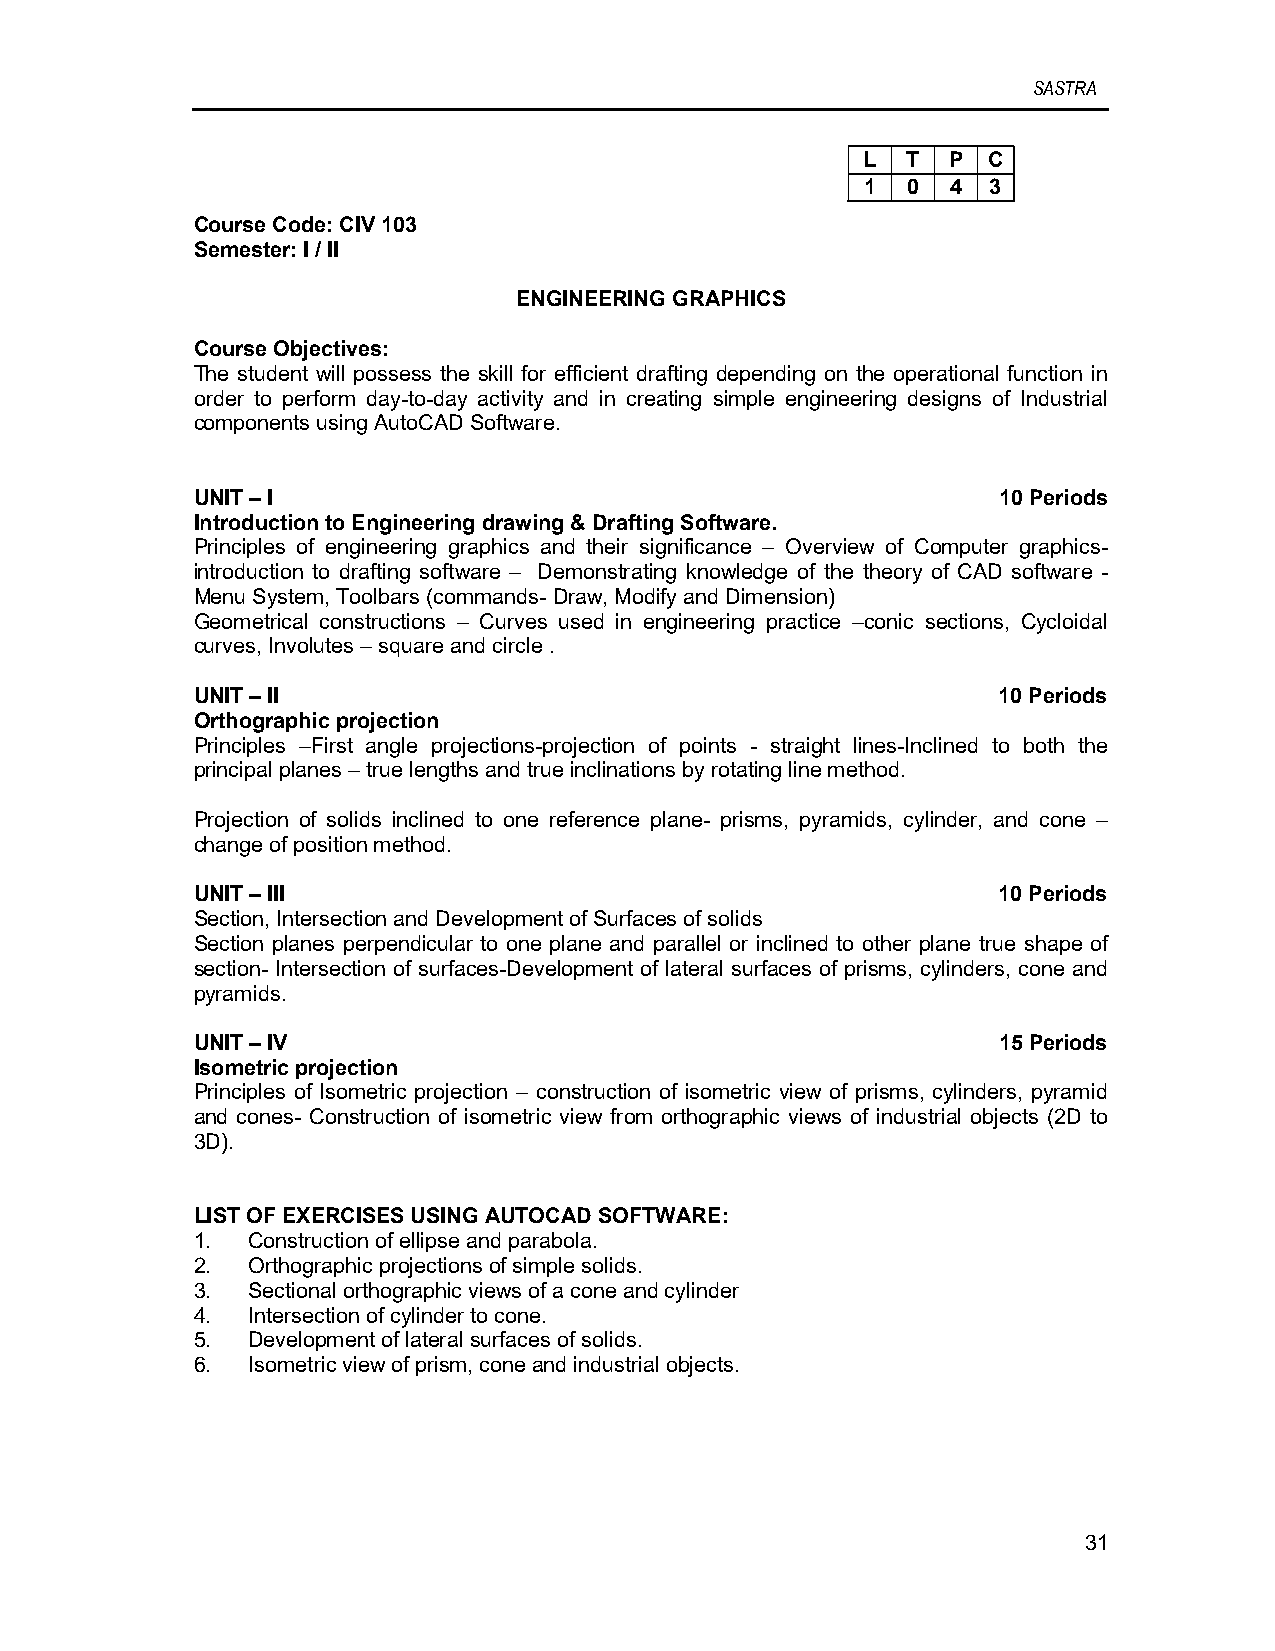
SASTRA
 L  T  P C
 1  0  4 3
 Course Code: CIV 103
 Semester: I / II
 ENGINEERING GRAPHICS
 Course Objectives:
 The student will possess the skill for efficient drafting depending on the operational function in
 order to perform day-to-day activity and in creating simple engineering designs of Industrial
 components using AutoCAD Software.
 UNIT – I                                             10 Periods
 Introduction to Engineering drawing & Drafting Software.
 Principles of engineering graphics and their significance – Overview of Computer graphics-
 introduction to drafting software – Demonstrating knowledge of the theory of CAD software -
 Menu System, Toolbars (commands- Draw, Modify and Dimension)
 Geometrical constructions – Curves used in engineering practice –conic sections, Cycloidal
 curves, Involutes – square and circle .
 UNIT – II                                            10 Periods
 Orthographic projection
 Principles –First angle projections-projection of points - straight lines-Inclined to both the
 principal planes – true lengths and true inclinations by rotating line method.
 Projection of solids inclined to one reference plane- prisms, pyramids, cylinder, and cone –
 change of position method.
 UNIT – III                                           10 Periods
 Section, Intersection and Development of Surfaces of solids
 Section planes perpendicular to one plane and parallel or inclined to other plane true shape of
 section- Intersection of surfaces-Development of lateral surfaces of prisms, cylinders, cone and
 pyramids.
 UNIT – IV                                            15 Periods
 Isometric projection
 Principles of Isometric projection – construction of isometric view of prisms, cylinders, pyramid
 and cones- Construction of isometric view from orthographic views of industrial objects (2D to
 3D).
 LIST OF EXERCISES USING AUTOCAD SOFTWARE:
 1. Construction of ellipse and parabola.
 2. Orthographic projections of simple solids.
 3. Sectional orthographic views of a cone and cylinder
 4. Intersection of cylinder to cone.
 5. Development of lateral surfaces of solids.
 6. Isometric view of prism, cone and industrial objects.
 31